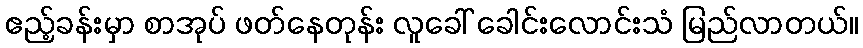
ဧည့်ခန်းမှာ စာအုပ် ဖတ်နေတုန်း လူခေါ် ခေါင်းလောင်းသံ မြည်လာတယ်။